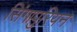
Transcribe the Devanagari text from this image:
सिंगापुरियन